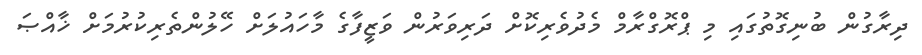
ދިރާގުން ބުނިގޮތުގައި މި ޕްރޮގްރާމް މެދުވެރިކޮށް ދަރިވަރުން ވަޒީފާގެ މާހައުލަށް ހޭލުންތެރިކުރުމަށް ޚާއްޞަ